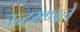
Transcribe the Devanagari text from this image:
चन्द्रमण्डले